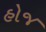
હોજ